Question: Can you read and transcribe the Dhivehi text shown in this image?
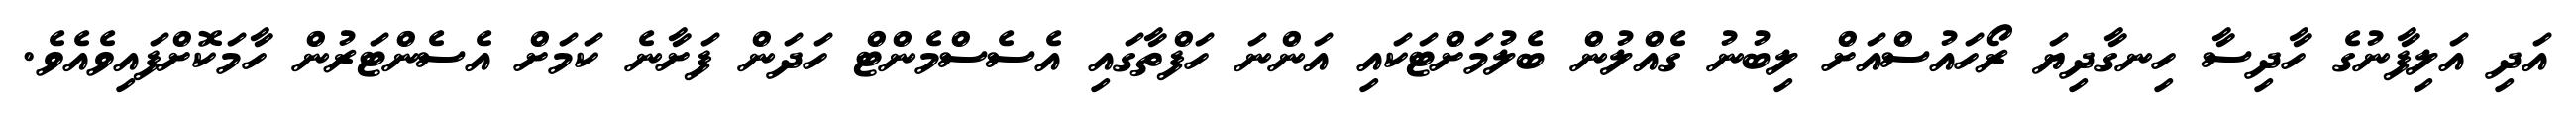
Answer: އަދި އަލިފާނުގެ ހާދިސާ ހިނގާދިޔަ ރޯހައުސްއަށް ލިބުނު ގެއްލުން ބެލުމަށްޓަކައި އަންނަ ހަފްތާގައި އެސެސްމެންޓް ހަދަން ފަށާނެ ކަމަށް އެސެންޓަރުން ހާމަކޮށްފައިވެއެވެ.